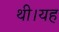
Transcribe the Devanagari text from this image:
थी।यह